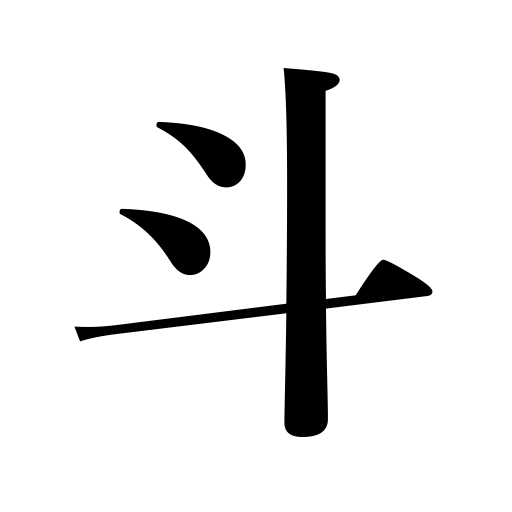
Meanings: a one-to measure,ten sho 1 to = 4.8 gallons U.S.= 18 liters,the Big Dipper,sake ladle